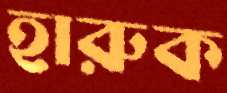
হারুক